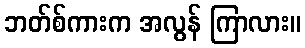
ဘတ်စ်ကားက အလွန် ကြာလား။